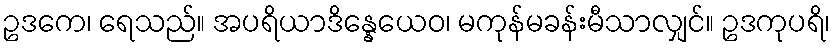
ဥဒကေ၊ ရေသည်။ အပရိယာဒိန္နေယေဝ၊ မကုန်မခန်းမီသာလျှင်။ ဥဒကုပရိ၊